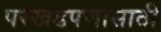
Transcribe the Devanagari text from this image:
परखडपणासाठी